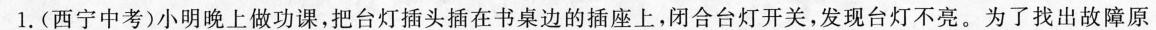
1.(西宁中考)小明晚上做功课，把台灯插头插在书桌边的插座上，闭合台灯开关，发现台灯不亮。为了找出故障原